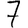
Digit: 7